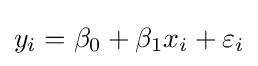
y_{i}=\beta _{0}+\beta _{1}x_{i}+\varepsilon _{i}